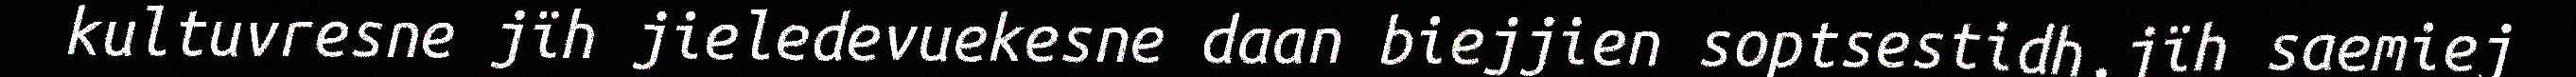
kultuvresne jïh jieledevuekesne daan biejjien soptsestidh,jïh saemiej